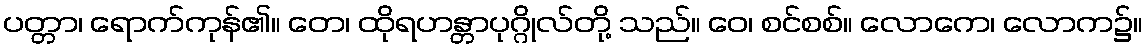
ပတ္တာ၊ ရောက်ကုန်၏။ တေ၊ ထိုရဟန္တာပုဂ္ဂိုလ်တို့ သည်။ ဝေ၊ စင်စစ်။ လောကေ၊ လောက၌။